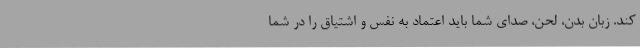
کند. زبان بدن، لحن، صدای شما باید اعتماد به نفس و اشتیاق را در شما